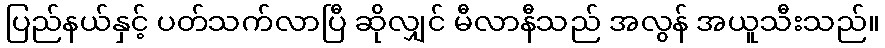
ပြည်နယ်နှင့် ပတ်သက်လာပြီ ဆိုလျှင် မီလာနီသည် အလွန် အယူသီးသည်။